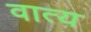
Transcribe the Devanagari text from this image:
वात्य